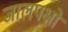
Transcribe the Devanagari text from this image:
जालपक्षों